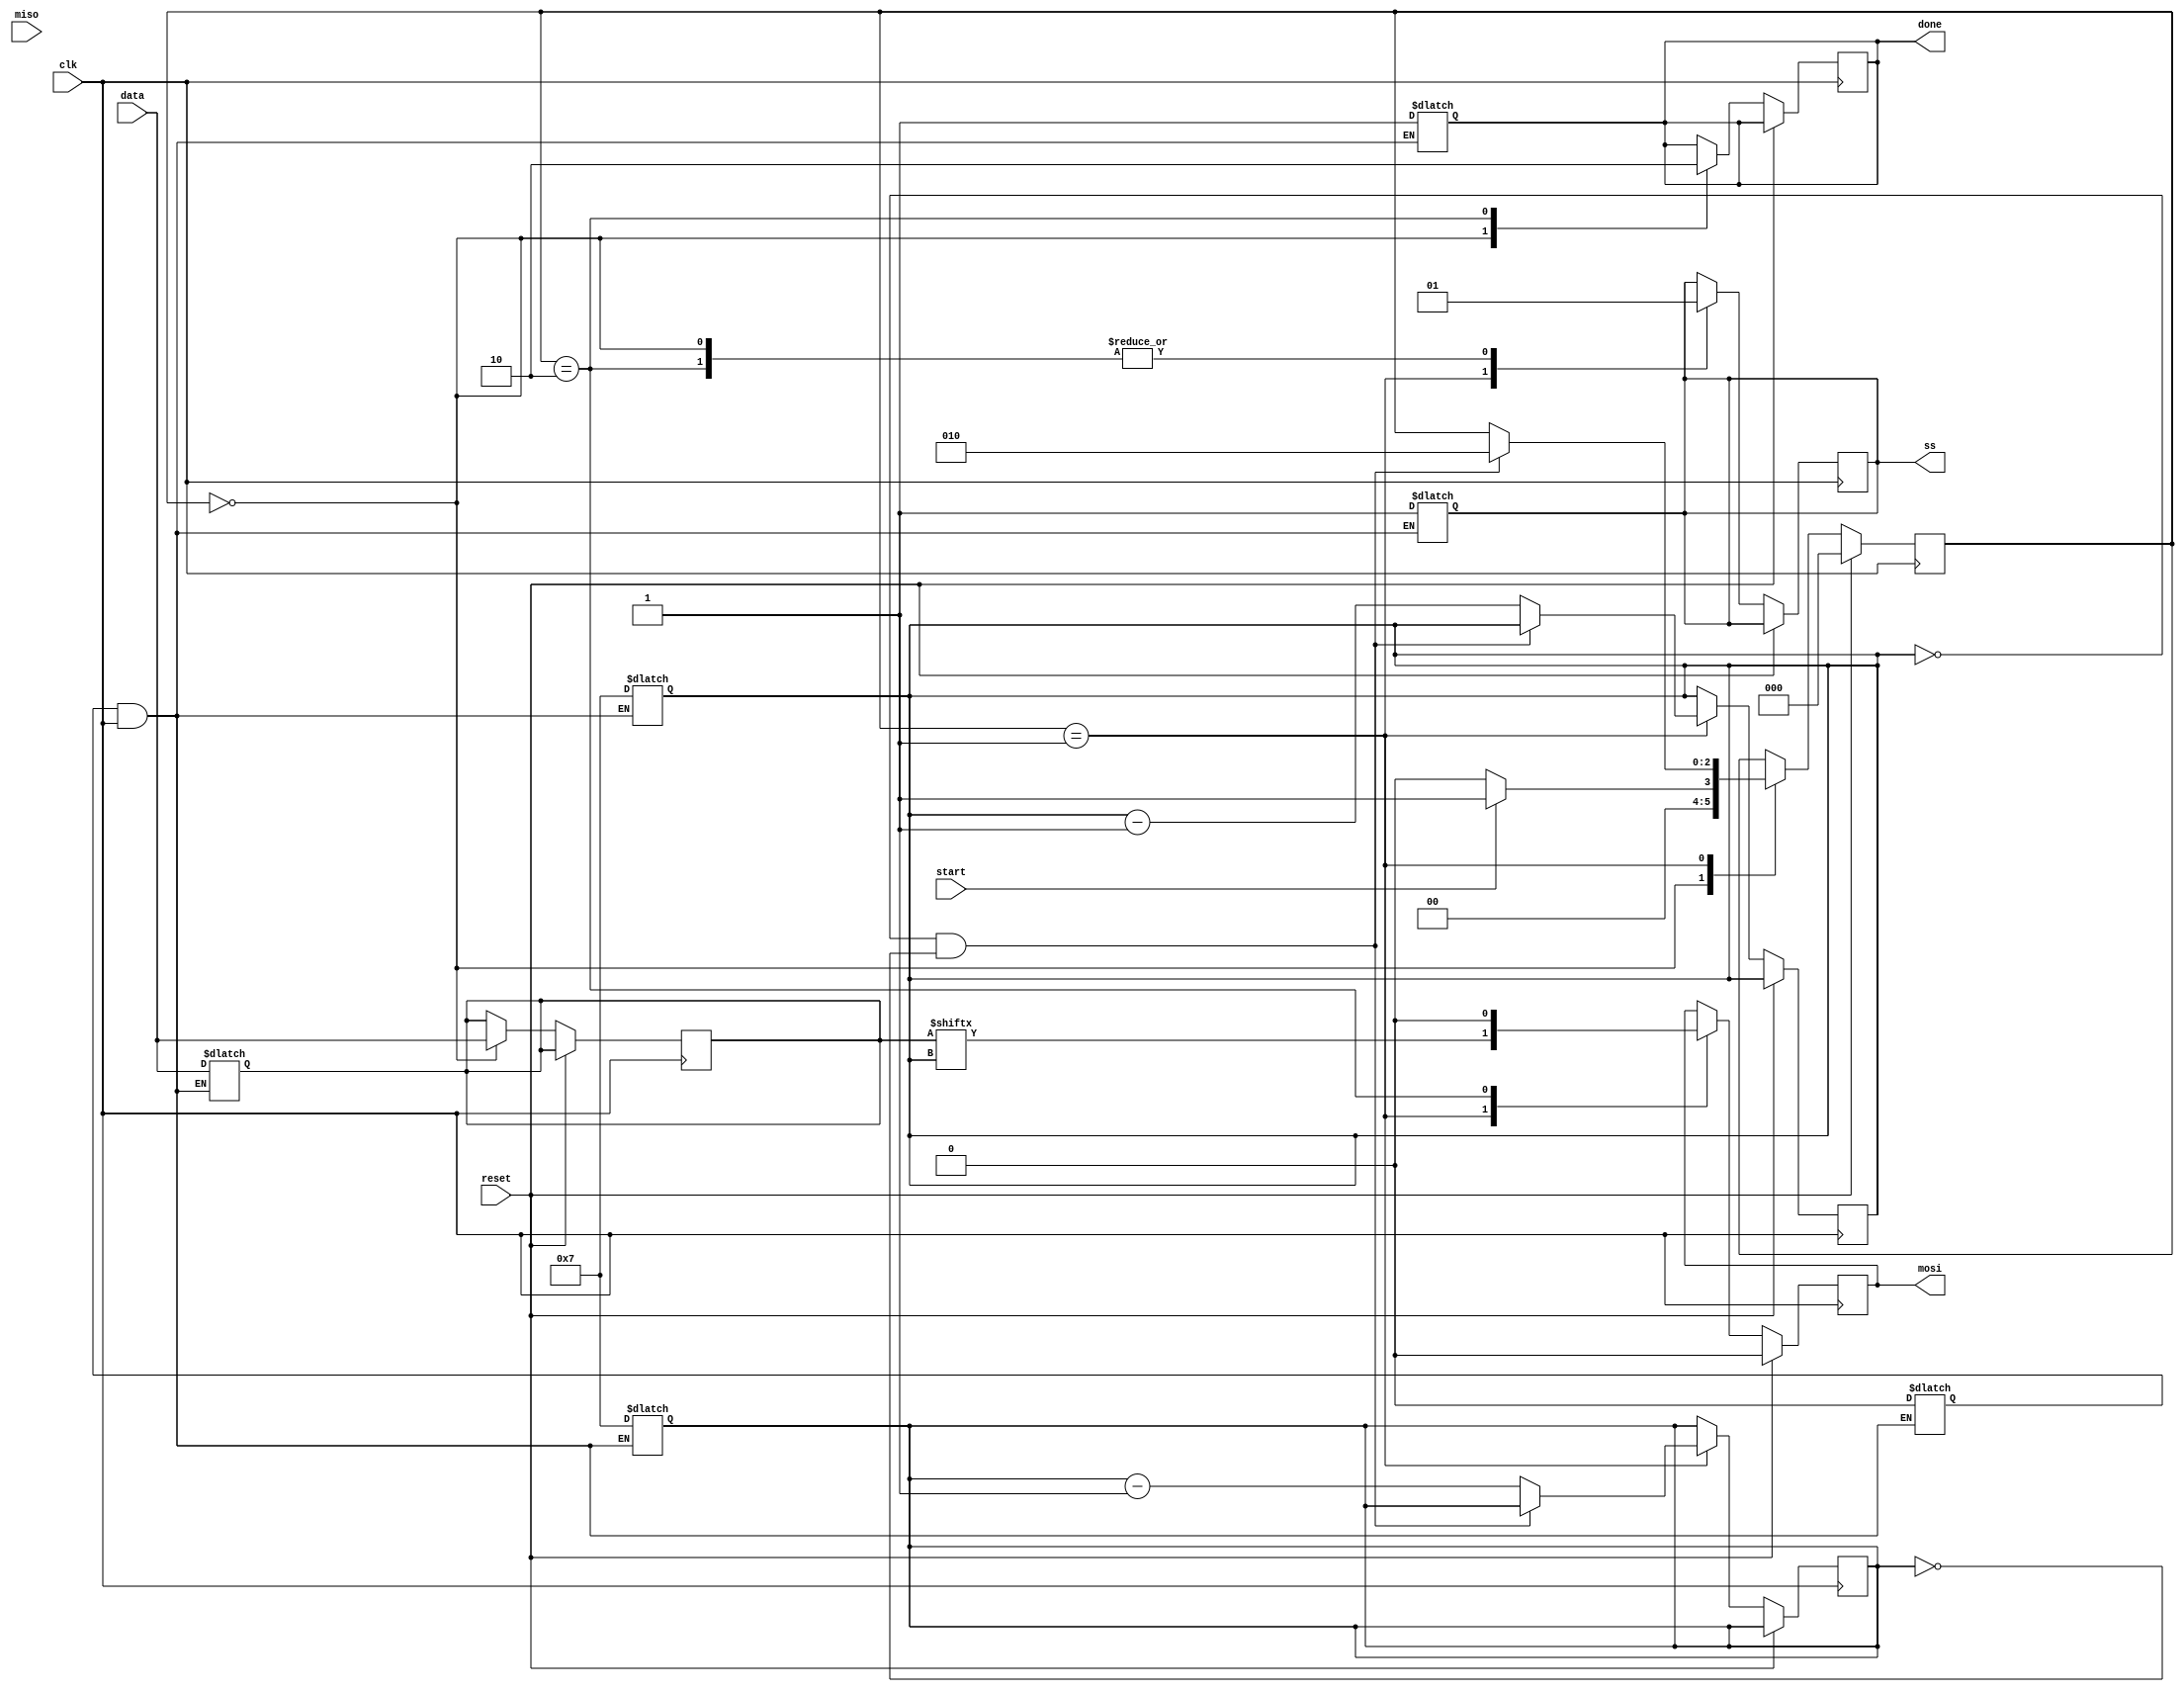
`timescale 1ns / 1ps
//////////////////////////////////////////////////////////////////////////////////
// Company: 
// Engineer: 
// 
// Design Name: 
// Module Name:    spi_fsm 
// Project Name: 
// Target Devices: 
// Tool versions: 
// Description: 
//
// Dependencies: 
//
// Revision: 
// Revision 0.01 - File Created
// Additional Comments: 
//
//////////////////////////////////////////////////////////////////////////////////
module spi_fsm(
	 input wire clk,
	 input wire reset,
	 input  [7:0]data,
	 input wire start,	
   output reg mosi,
	output reg ss,
	output reg done,
	input  miso
    );
	 
	 
	 reg [2:0]state;
	 reg [7:0]tdata;
	 reg[7:0]rdata;
	 localparam STATE_IDLE=0;
	 localparam STATE_SEND=1;
	 localparam STATE_FINISH=2;
	
	 reg [7:0]count;
	 reg[7:0]countr;
	 reg exec=1'b1;
	 
//initial begin
//	ss<=1;
//	//done<=0;
//	done<=1;
//	tdata <= data;
//	count<=8'd7;
//	countr<=8'd7;
//end
	 always@(clk)         //start condition
begin
  if(exec&&clk)
    begin
	ss<=1;
        //done<=0;
        done<=1;
        tdata <= data;
        count<=8'd7;
        countr<=8'd7;
		exec<=1'b0;
	 end
end
 always@(posedge clk)
 begin
	 if (reset==1)
	  begin 
	   state<=0;
		mosi<=0;
	  end
    
	  else begin
	  case(state)   
	         STATE_IDLE: begin                  //idle state
		      ss<=1;
			  //done<=0;
			  done<=1;
			  tdata<=data;
			  if(start==1)     state<=STATE_SEND; 
			  else state<=STATE_IDLE;
			 end
			 
			 STATE_SEND:begin                 //start state
					 ss<=0; 
					 mosi<=tdata[count];
					 rdata[countr]<=miso;
					 if((count==0) && (countr == 0))
					 begin
						state<=STATE_FINISH;
					 end
					 else 
					 begin
						 count<=count-8'd1;
						 countr<=countr-8'd1;
					 end
			 end
			
			 
			 
			 STATE_FINISH:begin        
				 //done<=1;
				 done<=0;
				 ss<=1;
				 mosi<=0;
			 end
       
	    endcase
   end
end
endmodule